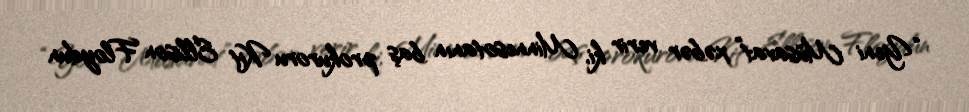
“Yeni Müsavat” xəbər verir ki, Minnesotanın baş prokuroru Kit Ellison Floydun